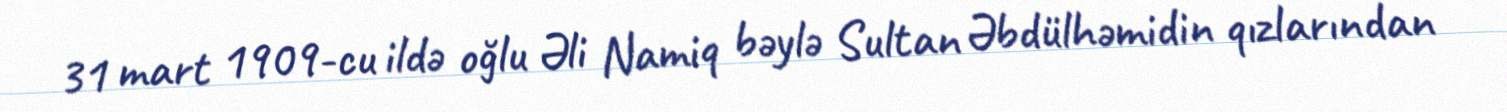
31 mart 1909-cu ildə oğlu Əli Namiq bəylə Sultan Əbdülhəmidin qızlarından